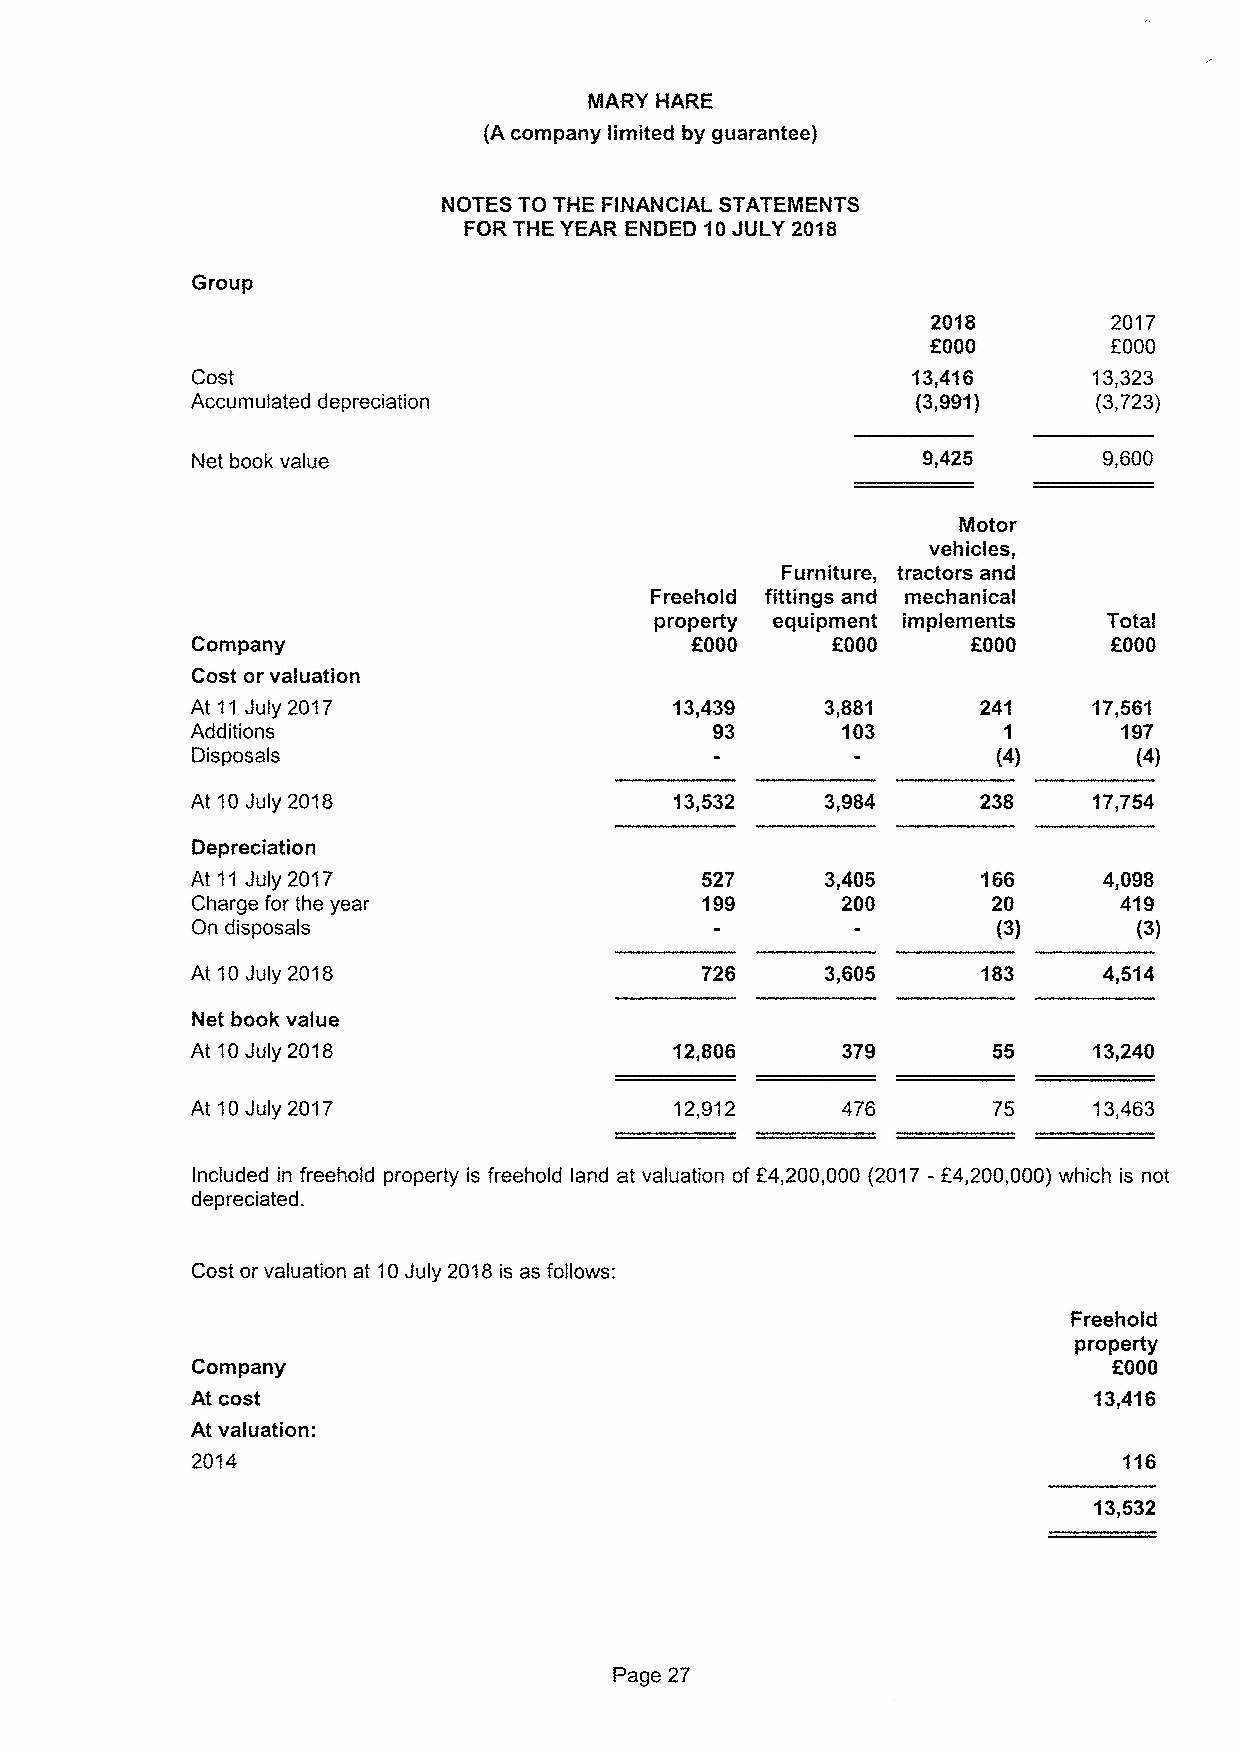
Group
 2017
 EQOQ
 Cost                                                       13,323
 Accumulated depreciation                                   (3,723)
 Net book value                                  9,425       9,600
 Motor
 vehicles,
 Furniture, tractors and
 Freehold fittings and mechanical
 property equipment implements Total
 Company                          f000     f000     KGGO     f.000
 Cost or valuation
 At 11July 2017                                             17,561
 Additions                                                    19T
 Disposals                                                     (4)
 At 10July 2018                  13,532                     1T,754
 Depreciation
 At 11July 201T                   527      3,405             4,098
 Charge for the year              199       200               419
 On disposals                                                  (3)
 At 10July 2018                            3,605
 Net book value
 At 10July 2018
 At 10July 2017                  12,912               75    13,463
 included in freehold property is freehold land at valuation ofE4,200,000 (2017-E4,200,000)which is not
 depreciated.
 Cost or valuation at 10July 2018is as follows:
 Freehold
 property
 Company                                                      f000
 At cost                                                    13,416
 At valuation:
 2014
 Page 27